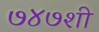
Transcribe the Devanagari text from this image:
७४७शी